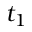
t _ { 1 }